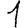
Digit: 1